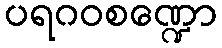
ပရဂဝစဏ္ဍော